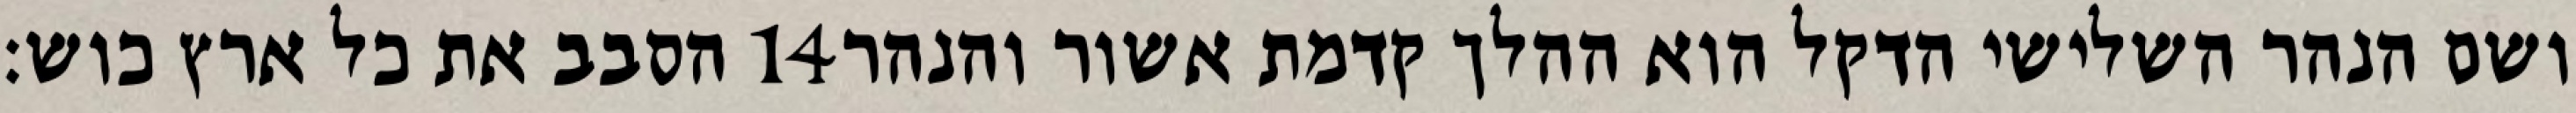
הסבב את כל ארץ כוש׃ ‎14‏ ושם הנהר השלישי הדקל הוא ההלך קדמת אשור והנהר